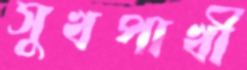
সুখপাখী